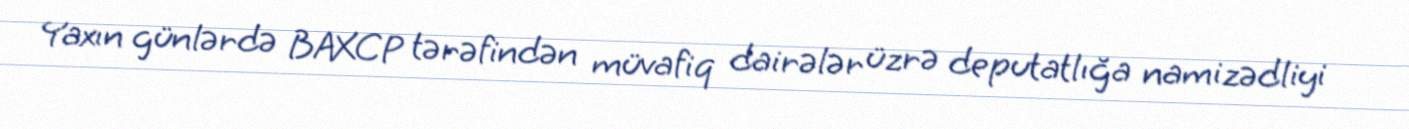
Yaxın günlərdə BAXCP tərəfindən müvafiq dairələr üzrə deputatlığa namizədliyi